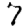
Digit: 7